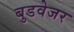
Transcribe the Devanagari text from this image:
बुडवेजर